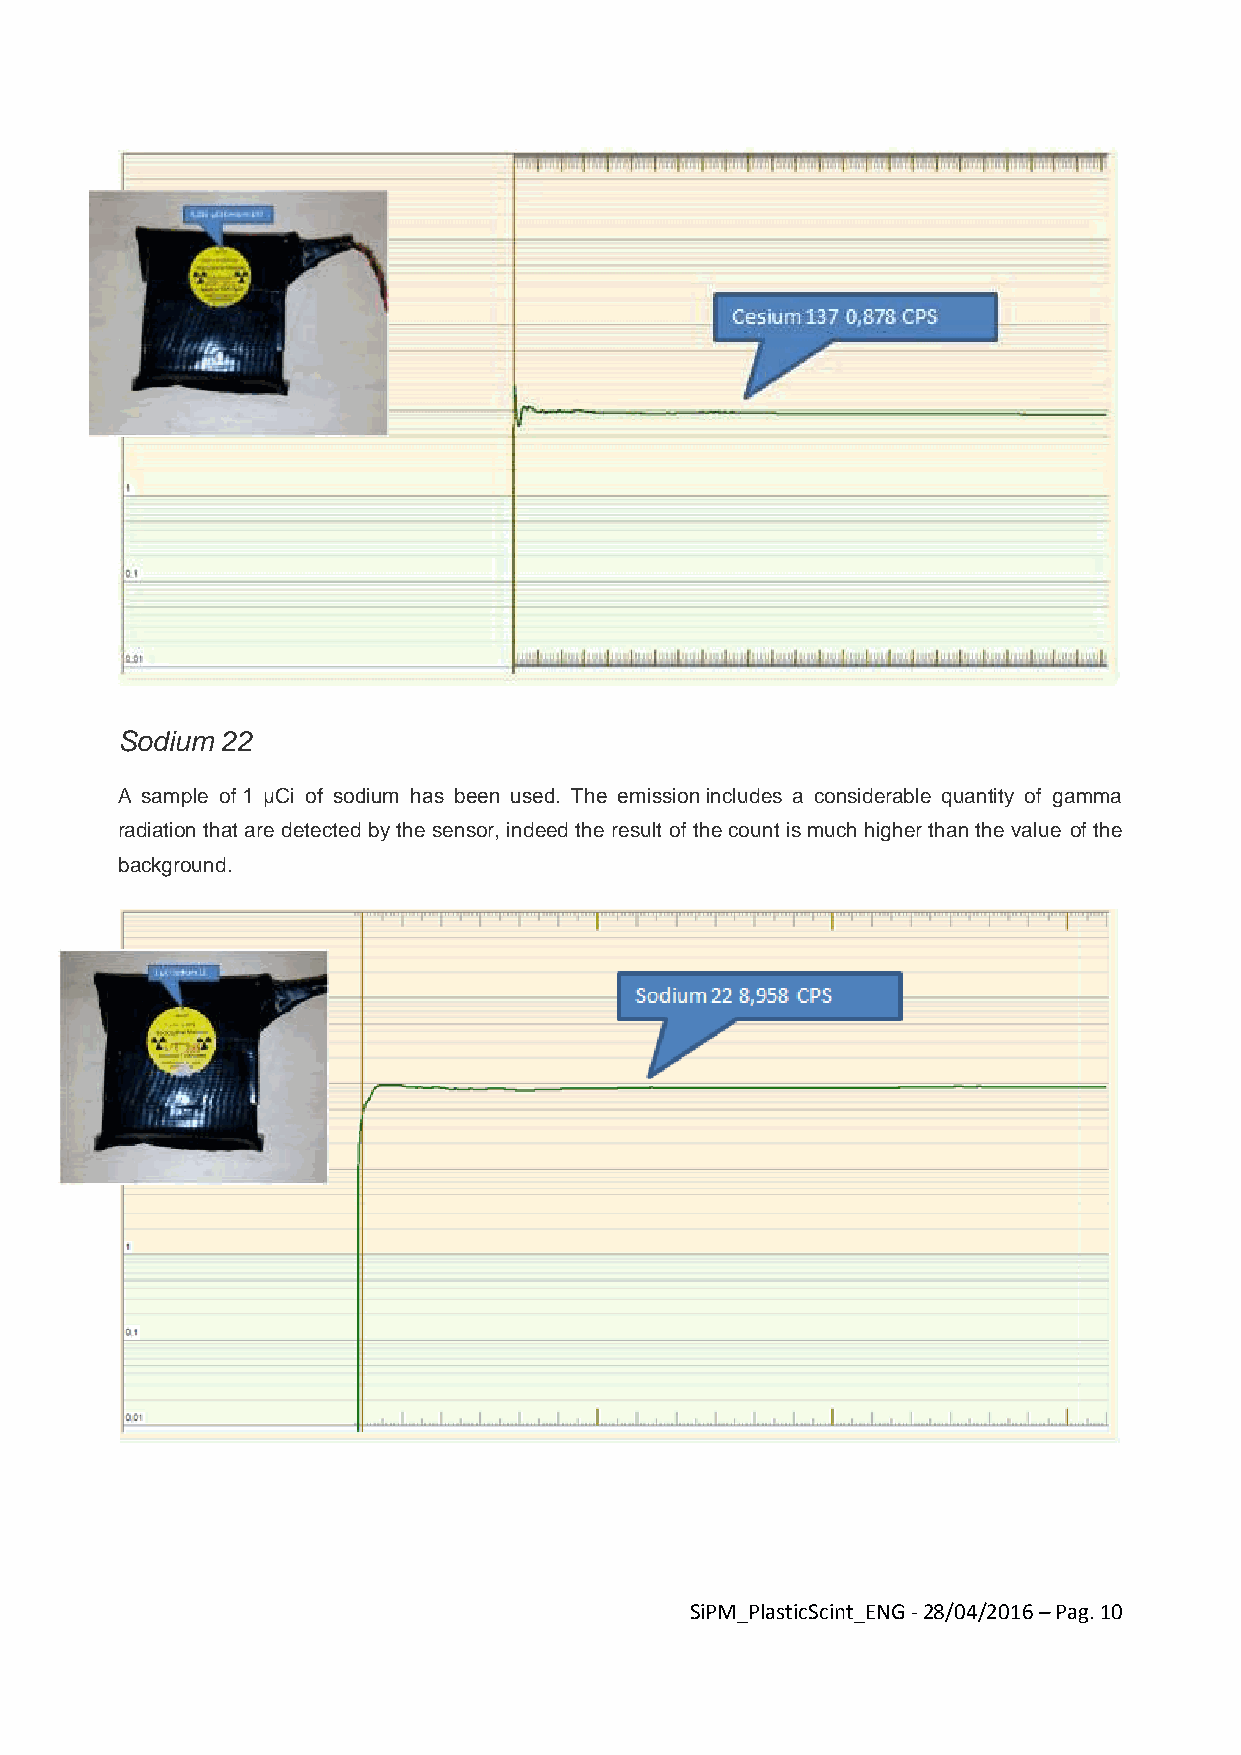
Sodium 22
 A sample of 1 μCi of sodium has been used. The emission includes a considerable quantity of gamma
 radiation that are detected by the sensor, indeed the result of the count is much higher than the value of the
 background.
 SiPM_PlasticScint_ENG - 28/04/2016 – Pag. 10